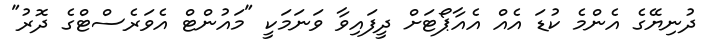
ދުނިޔޭގެ އެންމެ ކުޑަ އެއް އެއާޕޯޓަށް ދީފައިވާ ވަނަމަކީ "މައުންޓް އެވަރެސްޓްގެ ދޮރު"